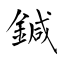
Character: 鍼